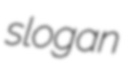
slogan